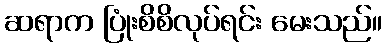
ဆရာက ပြုံးစိစိလုပ်ရင်း မေးသည်။